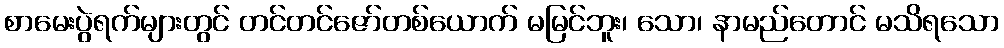
စာမေးပွဲရက်များတွင် တင်တင်ဇော်တစ်ယောက် မမြင်ဘူး၊ သော၊ နာမည်တောင် မသိရသော